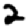
Digit: 2